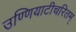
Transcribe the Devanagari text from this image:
उण्णियाटीचरितम्